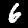
Label: 6